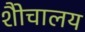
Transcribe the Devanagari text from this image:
शैोचालय